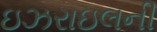
ઇઝરાઇલની